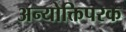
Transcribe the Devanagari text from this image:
अन्योक्तिपरक